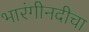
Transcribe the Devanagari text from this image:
भारंगीनदीचा